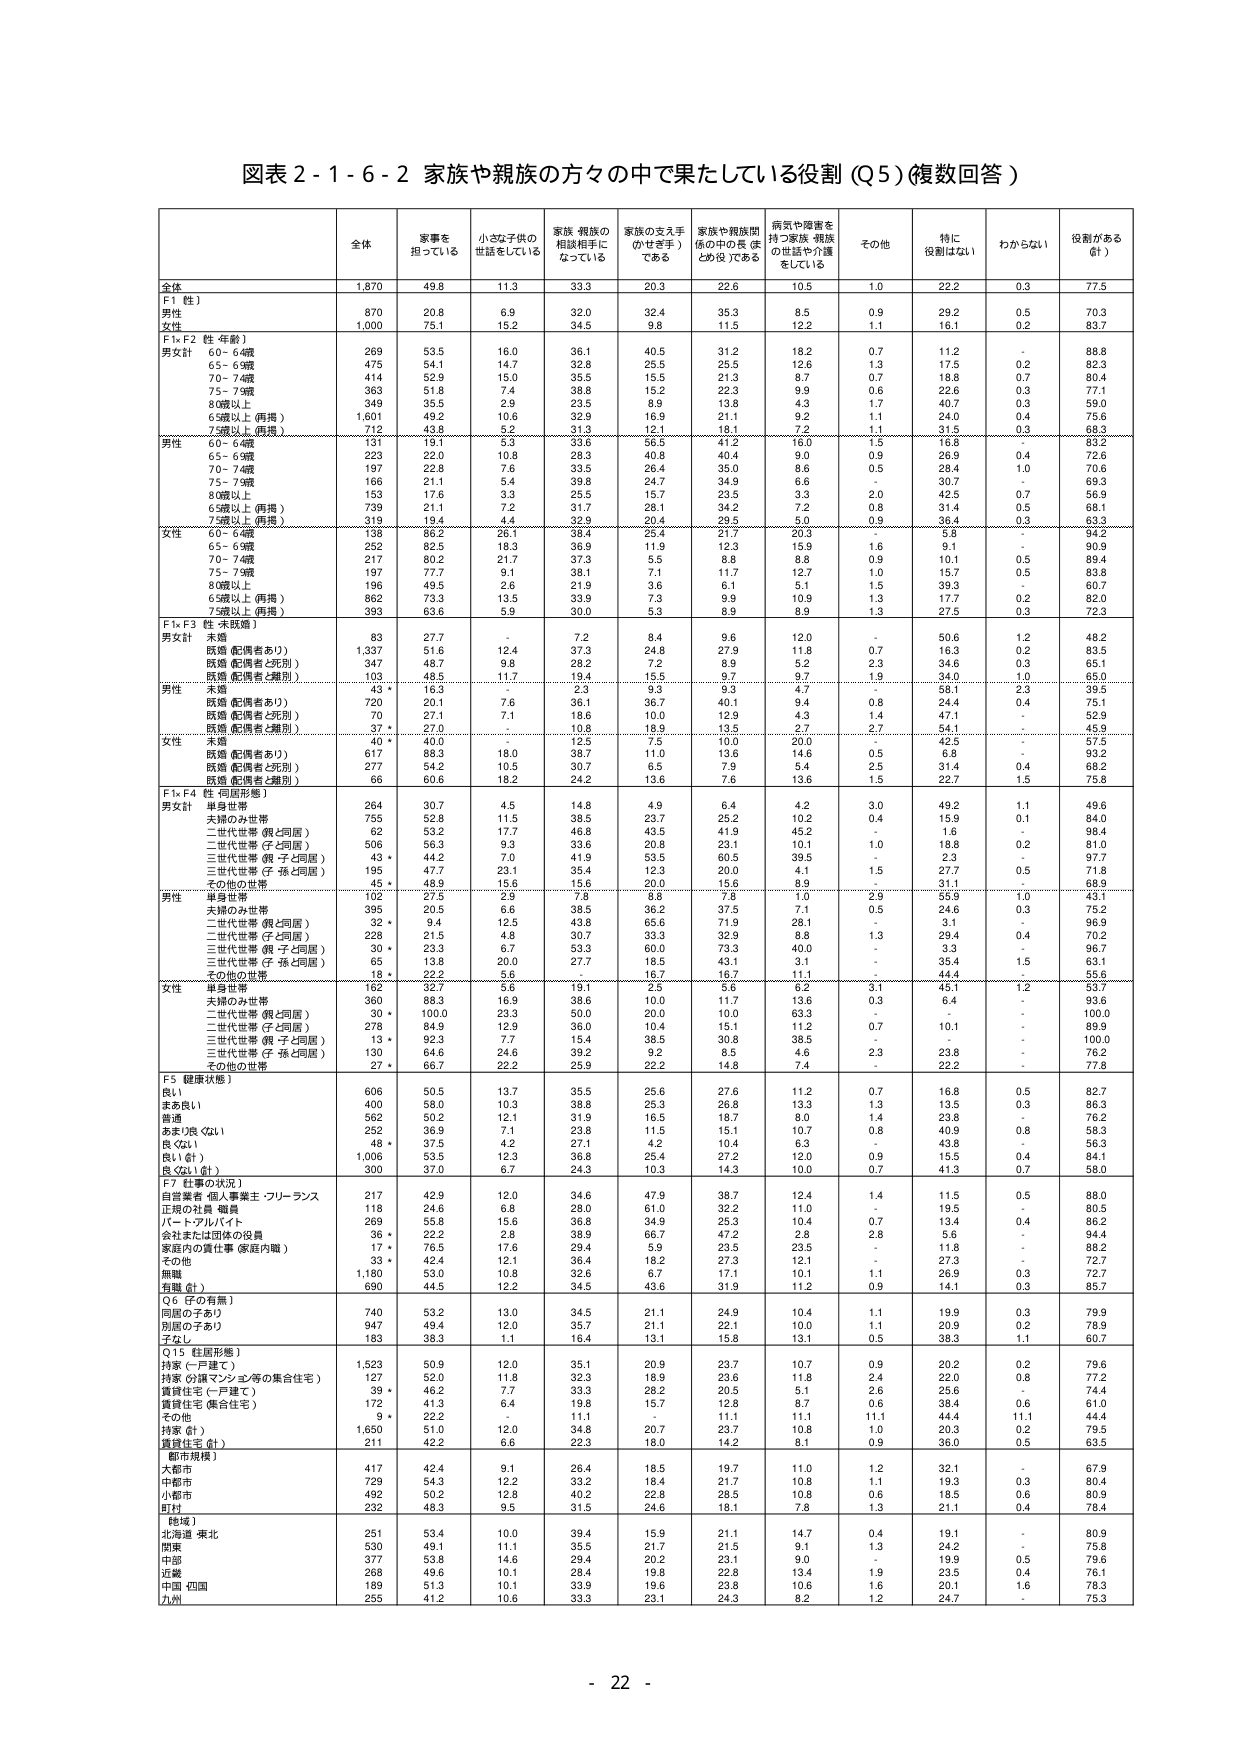
図表２-１-６-２ 家族や親族の方々の中で果たしている役割（Q5）（複数回答）

全体 家事を 担っている 小さな子供の 世話をしている 家族・親族の 相談相手に なっている 家族の支え手 （かせき手） である 家族や親族関 係の中の長（ま とめ役）である 病気や障害を 持つ家族・親族 の世話や介護 をしている その他 特に 役割がない わからない 役割がある （計）

全体 1,870 49.8 11.3 33.3 20.3 22.6 10.5 1.0 22.2 0.3 77.5

F1〔性〕
男性 870 20.8 6.9 32.0 32.4 35.3 8.5 0.9 29.2 0.5 70.3
女性 1,000 75.1 15.2 34.5 9.8 11.5 12.2 1.1 16.1 0.2 83.7

F1×F2〔性・年齢〕
男女計 60～64歳 269 53.5 16.0 36.1 40.5 31.2 18.2 0.7 11.2 - 88.8
65～69歳 475 54.1 14.7 32.8 25.5 25.5 12.6 1.3 17.5 0.2 82.3
70～74歳 414 52.9 15.0 35.5 15.5 21.3 8.7 0.7 18.8 0.7 80.4
75～79歳 363 51.8 7.4 38.8 15.2 22.3 9.9 0.6 22.6 0.3 77.1
80歳以上 349 35.5 2.9 23.5 8.9 13.8 4.3 1.7 40.7 0.3 59.0
65歳以上（再掲） 1,601 49.2 10.6 32.9 16.9 21.1 9.2 1.1 24.0 0.4 75.6
75歳以上（再掲） 712 43.8 5.2 31.3 12.1 18.1 7.2 1.1 31.5 0.3 68.3

男性 60～64歳 131 19.1 2.3 33.6 56.5 41.2 16.0 1.5 16.8 - 83.2
65～69歳 223 22.0 10.8 28.3 40.8 40.4 9.0 0.9 26.9 0.4 72.6
70～74歳 197 22.8 7.6 33.5 26.4 35.0 8.6 0.5 28.4 1.0 70.6
75～79歳 166 21.1 5.4 39.8 24.7 34.9 6.6 - 30.7 - 69.3
80歳以上 153 17.6 3.3 25.5 15.7 23.5 3.3 2.0 42.5 0.7 56.9
65歳以上（再掲） 739 21.1 7.2 31.7 28.1 34.2 7.2 0.8 31.4 0.5 68.1
75歳以上（再掲） 319 19.4 4.4 32.9 20.4 29.5 5.0 0.9 36.4 0.3 63.3

女性 60～64歳 138 86.2 26.1 38.4 25.4 21.7 20.3 - 5.8 - 94.2
65～69歳 252 82.5 18.3 36.9 11.9 12.3 15.9 1.6 9.1 - 90.9
70～74歳 217 80.2 21.7 37.3 5.5 8.8 8.8 0.9 10.1 0.5 89.4
75～79歳 197 77.7 9.1 38.1 7.1 11.7 12.7 1.0 15.7 0.5 83.8
80歳以上 196 49.5 2.6 21.9 3.6 6.1 5.1 1.5 39.3 - 60.7
65歳以上（再掲） 862 73.3 13.5 33.9 7.3 9.9 10.9 1.3 17.7 0.2 82.0
75歳以上（再掲） 393 63.6 5.9 30.0 5.3 8.9 8.9 1.3 27.5 0.3 72.3

F1×F3〔性・未婚〕
男女計 未婚 83 27.7 - 7.2 8.4 9.6 12.0 - 50.6 1.2 48.2
既婚（配偶者あり） 1,337 51.6 12.4 37.3 24.8 27.9 11.8 0.7 16.3 0.2 83.5
既婚（配偶者と死別） 347 48.7 9.8 28.2 7.2 8.9 5.2 2.3 34.6 0.3 65.1
既婚（配偶者と離別） 103 48.5 11.7 19.4 15.5 9.7 9.7 1.9 34.0 1.0 65.0

男性 未婚 43 * 16.3 - 2.3 9.3 9.3 4.7 - 58.1 2.3 39.5
既婚（配偶者あり） 720 20.1 7.6 36.1 36.7 40.1 9.4 0.8 24.4 0.4 75.1
既婚（配偶者と死別） 70 27.1 7.1 18.6 10.0 12.9 4.3 1.4 47.1 - 52.9
既婚（配偶者と離別） 37 * 27.0 - 10.8 18.9 13.5 2.7 2.7 54.1 - 45.9

女性 未婚 40 * 40.0 - 12.5 7.5 10.0 20.0 - 42.5 - 57.5
既婚（配偶者あり） 617 88.3 18.0 38.7 11.0 13.6 14.6 0.5 6.8 - 93.2
既婚（配偶者と死別） 277 54.2 10.5 30.7 6.5 7.9 5.4 2.5 31.4 0.4 68.2
既婚（配偶者と離別） 66 60.6 18.2 24.2 13.6 7.6 13.6 1.5 22.7 1.5 75.8

F1×F4〔性・同居形態〕
男女計 単身世帯 264 30.7 4.5 14.8 4.9 6.4 4.2 3.0 49.2 1.1 49.6
夫婦のみ世帯 755 52.8 11.5 38.5 23.7 25.2 10.2 0.4 15.9 0.1 84.0
二世代世帯（親と同居） 62 53.2 17.7 46.8 43.5 41.9 45.2 - 1.6 - 98.4
二世代世帯（子と同居） 506 56.3 9.3 33.6 20.8 29.1 10.1 - 18.8 - 81.0
三世代世帯（親・子と同居） 43 * 44.2 7.0 41.9 53.5 60.5 39.5 - 2.3 - 97.7
三世代世帯（子・孫と同居） 195 47.7 23.1 35.4 12.3 20.0 4.1 1.5 27.7 0.5 71.8
その他の世帯 45 * 48.9 15.6 15.6 20.0 15.6 8.9 - 31.1 - 68.9

男性 単身世帯 102 27.5 2.9 7.8 8.8 7.8 1.0 2.9 55.9 1.0 43.1
夫婦のみ世帯 395 20.5 6.6 36.5 36.2 37.5 7.1 0.5 24.6 0.3 75.2
二世代世帯（親と同居） 32 * 9.4 12.5 43.8 63.6 71.9 28.1 - 3.1 - 96.9
二世代世帯（子と同居） 228 21.5 4.8 30.7 33.3 32.9 8.8 1.3 29.4 0.4 70.2
三世代世帯（親・子と同居） 30 * 23.3 6.7 53.3 60.0 73.3 40.0 - 3.3 - 96.7
三世代世帯（子・孫と同居） 65 13.8 20.0 27.7 18.5 43.1 3.1 - 35.4 1.5 63.1
その他の世帯 18 * 22.2 5.6 - 16.7 16.7 11.1 - 44.4 - 55.6

女性 単身世帯 162 33.3 6.2 19.1 32.7 8.2 8.2 3.1 45.1 1.2 53.7
夫婦のみ世帯 360 88.3 16.9 38.6 10.0 11.7 13.6 0.3 6.4 - 93.6
二世代世帯（親と同居） 30 * 100.0 23.3 50.0 20.0 10.0 63.3 - - - 100.0
二世代世帯（子と同居） 278 84.9 12.9 36.0 10.4 15.1 11.2 0.7 10.1 - 89.9
三世代世帯（親・子と同居） 13 * 92.3 7.7 15.4 38.5 30.8 38.5 - - - 100.0
三世代世帯（子・孫と同居） 130 64.6 24.6 39.2 9.2 8.5 4.6 2.3 23.8 - 76.2
その他の世帯 27 * 66.7 22.2 25.9 22.2 14.8 7.4 - 22.2 - 77.8

F5〔健康状態〕
良い 606 50.5 13.7 35.5 25.6 27.6 11.2 0.7 16.8 0.5 82.7
まあ良い 400 58.0 10.3 38.8 25.3 26.8 13.3 1.3 13.5 0.3 86.3
普通 562 50.2 12.1 31.9 16.5 18.7 8.0 1.4 23.8 - 76.2
あまり良くない 262 36.9 7.1 23.8 11.5 15.1 10.7 0.8 40.3 0.8 58.3
良くない 48 * 37.5 4.2 27.1 4.2 10.4 6.3 - 43.8 - 56.3
良い（計） 1,006 53.5 12.3 36.8 25.4 27.2 12.0 0.9 15.5 0.4 84.1
良くない（計） 300 37.0 6.7 24.3 10.3 14.3 10.0 0.7 41.3 0.7 58.0

F7〔仕事の状況〕
自営業者・個人事業主・フリーランス 217 42.9 12.0 34.6 47.9 38.7 12.4 1.4 11.5 0.5 88.0
正規の社員・職員 118 24.6 6.8 28.0 61.0 32.2 11.0 - 19.5 - 80.5
パート・アルバイト 269 55.8 15.6 36.8 34.9 25.3 10.4 0.7 13.4 0.4 86.2
会社または団体の役員 36 * 22.2 2.8 38.9 66.7 47.2 2.8 2.8 5.6 - 94.4
家庭内の責任事（家庭内職） 17 * 76.5 17.6 29.4 5.9 23.5 23.5 - 11.8 - 88.2
その他 33 * 42.4 12.1 36.4 18.2 27.3 12.1 - 27.3 - 72.7
無職 530 10.8 10.8 32.6 6.7 10.1 11.1 1.1 26.9 0.3 72.7
有職（計） 690 44.5 12.2 34.5 43.6 31.9 11.2 0.9 14.1 0.3 85.7

Q6〔子の有無〕
同居の子あり 740 53.2 13.0 34.5 21.1 24.9 10.4 1.1 19.9 0.3 79.9
別居の子あり 947 49.4 12.0 35.7 21.1 22.1 10.0 1.1 20.9 0.2 78.9
子なし 183 38.3 1.1 16.4 13.1 15.8 13.1 0.5 38.3 1.1 60.7

Q15〔住居形態〕
持家（一戸建て） 1,523 50.9 12.0 35.1 20.9 23.7 10.7 0.9 20.2 0.2 79.6
持家（分譲マンション等の集合住宅） 127 52.0 11.8 32.3 18.9 23.6 11.8 2.4 22.0 0.8 77.2
賃貸住宅（一戸建て） 39 * 46.2 7.7 33.3 28.2 20.5 5.1 2.6 25.6 - 74.4
賃貸住宅（集合住宅） 172 41.3 6.4 19.8 15.7 12.8 8.7 0.6 38.4 0.6 61.0
その他 9 * 22.2 - 11.1 - 11.1 11.1 - 44.4 1.1 55.6
持家（計） 1,650 51.0 12.0 34.8 20.7 23.7 10.8 1.0 20.3 0.2 79.5
賃貸住宅（計） 211 42.2 6.6 22.3 18.0 14.2 8.1 0.9 36.0 0.5 63.5

〔都市規模〕
大都市 417 42.4 9.1 26.4 18.5 19.7 11.0 1.2 32.1 - 67.9
中都市 729 54.3 12.2 33.2 18.4 21.7 10.8 1.1 19.3 0.3 80.4
小都市 492 50.2 12.8 40.2 22.8 28.5 10.8 0.6 18.5 0.6 80.9
町村 232 48.3 9.5 31.5 24.6 18.1 7.8 1.3 21.1 0.4 78.4

〔地域〕
北海道・東北 251 53.4 10.0 39.4 15.9 21.1 14.7 0.4 19.1 - 80.9
関東 530 49.1 11.1 35.5 21.5 21.5 8.1 1.3 24.2 - 75.8
中部 377 53.8 14.6 29.4 20.2 23.1 9.0 - 19.9 0.5 79.6
近畿 268 49.6 10.1 28.4 19.8 22.8 13.4 1.9 23.5 0.4 76.1
中国・四国 189 51.3 10.1 33.9 19.6 23.8 10.6 1.6 20.1 1.6 78.3
九州 255 41.2 10.6 33.3 23.1 24.3 8.2 1.2 24.7 - 75.3

- 22 -